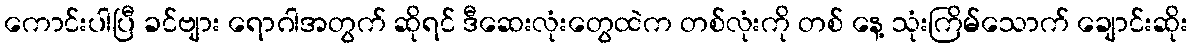
ကောင်းပါပြီ ခင်ဗျား ရောဂါအတွက် ဆိုရင် ဒီဆေးလုံးတွေထဲက တစ်လုံးကို တစ် နေ့ သုံးကြိမ်သောက် ချောင်းဆိုး